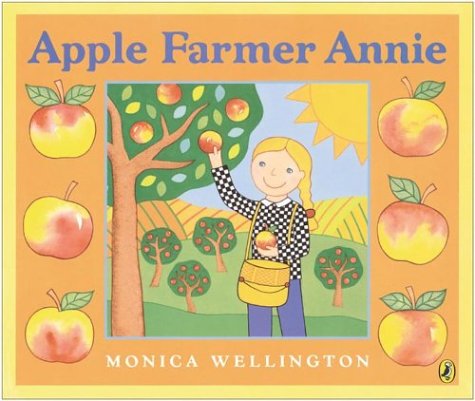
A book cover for Apple Farmer Annie; Monica Wellington; Children's Books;